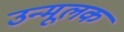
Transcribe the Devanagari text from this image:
उन्मूलक